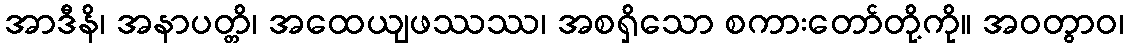
အာဒီနိ၊ အနာပတ္တိ၊ အထေယျဖဿဿ၊ အစရှိသော စကားတော်တို့ကို။ အဝတွာဝ၊